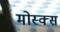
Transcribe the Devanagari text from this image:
मोस्क्स